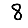
Digit: 8